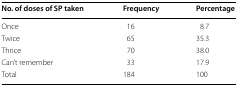
| No. of doses of SP taken | Frequency | Percentage |
 | --- | --- | --- |
 | Once | 16 | 8.7 |
 | Twice | 65 | 35.3 |
 | Thrice | 70 | 38.0 |
 | Can’t remember | 33 | 17.9 |
 | Total | 184 | 100 |